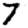
Digit: 7